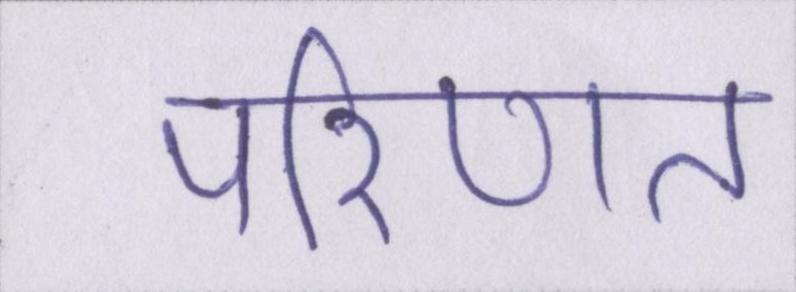
परिणत